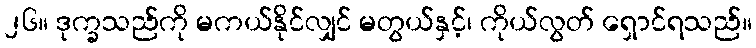
၂၆။ ဒုက္ခသည်ကို မကယ်နိုင်လျှင် မတွယ်နှင့်၊ ကိုယ်လွတ် ရှောင်ရသည်။